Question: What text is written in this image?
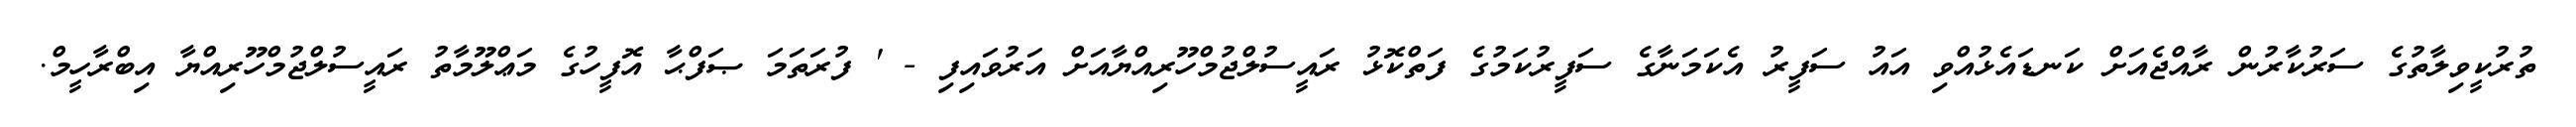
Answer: ތުރުކީވިލާތުގެ ސަރުކާރުން ރާއްޖެއަށް ކަނޑައެޅުއްވި އައު ސަފީރު އެކަމަނާގެ ސަފީރުކަމުގެ ފަތްކޮޅު ރައީސުލްޖުމްހޫރިއްޔާއަށް އަރުވައިފި - ' ފުރަތަމަ ޞަފްޙާ އޮފީހުގެ މަޢްލޫމާތު ރައީސުލްޖުމްހޫރިއްޔާ އިބްރާހީމް.